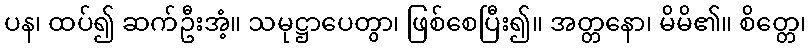
ပန၊ ထပ်၍ ဆက်ဦးအံ့။ သမုဋ္ဌာပေတွာ၊ ဖြစ်စေပြီး၍။ အတ္တနော၊ မိမိ၏။ စိတ္တေ၊